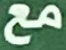
مع